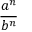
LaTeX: \frac { a ^ { n } } { b ^ { n } }